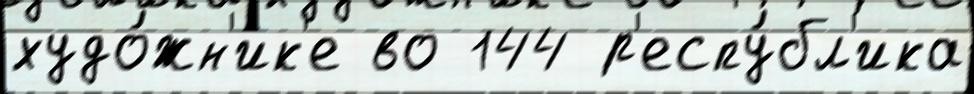
худо́жн'ик'е во 144 р'еспу́бл'ика